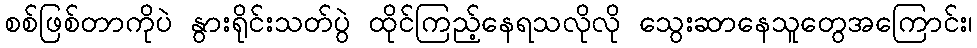
စစ်ဖြစ်တာကိုပဲ နွားရိုင်းသတ်ပွဲ ထိုင်ကြည့်နေရသလိုလို သွေးဆာနေသူတွေအကြောင်း၊